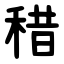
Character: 稓